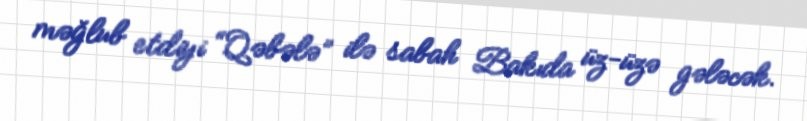
məğlub etdiyi “Qəbələ” ilə sabah Bakıda üz-üzə gələcək.